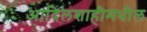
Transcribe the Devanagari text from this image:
आदिलशाहीमधील